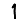
Digit: 1